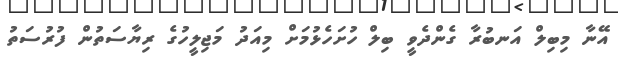
އޭނާ މިބިލް އަނބުރާ ގެންދެވީ ބިލް ހުށަހެޅުމަށް މިއަދު މަޖިލީހުގެ ރިޔާސަތުން ފުރުސަތު